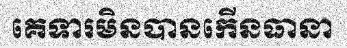
គេទារមិនបានកើនធានា